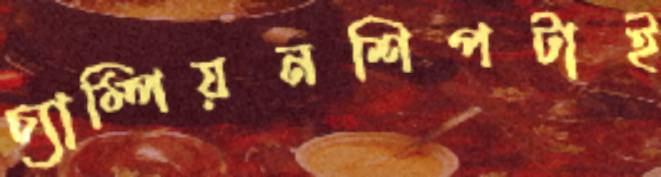
চ্যাম্পিয়নশিপটাই